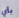
بأي